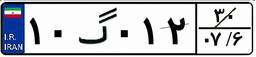
۹۲گ۱۰۹۶۹